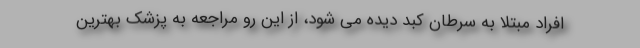
افراد مبتلا به سرطان کبد دیده می شود، از این رو مراجعه به پزشک بهترین